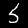
Label: 5